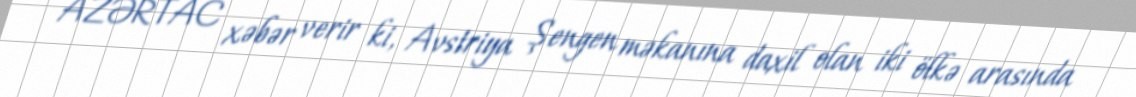
AZƏRTAC xəbər verir ki, Avstriya Şengen məkanına daxil olan iki ölkə arasında